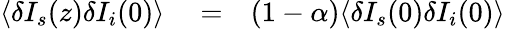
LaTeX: \begin{array}{rlr}{\langle\delta I_{s}(z)\delta I_{i}(0)\rangle}&{{}=}&{(1-\alpha)\langle\delta I_{s}(0)\delta I_{i}(0)\rangle}\end{array}